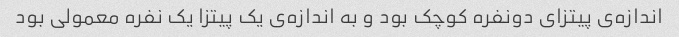
اندازه‌ی پیتزای دونفره کوچک بود و به اندازه‌ی یک پیتزا یک نفره معمولی بود